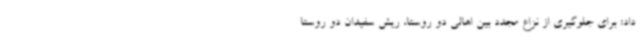
داد: برای جلوگیری از نزاع مجدد بین اهالی دو روستا، ریش سفیدان دو روستا